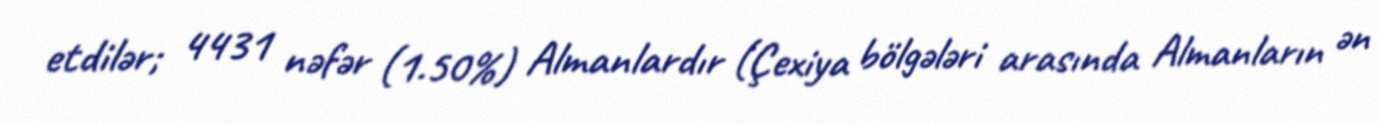
etdilər; 4431 nəfər (1.50%) Almanlardır (Çexiya bölgələri arasında Almanların ən